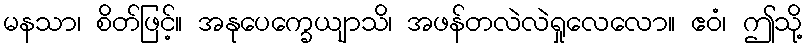
မနသာ၊ စိတ်ဖြင့်။ အနုပေက္ခေယျာသိ၊ အဖန်တလဲလဲရှုလေလော။ ဧဝံ၊ ဤသို့